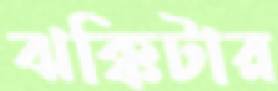
ঝক্কিটার